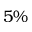
5 \%